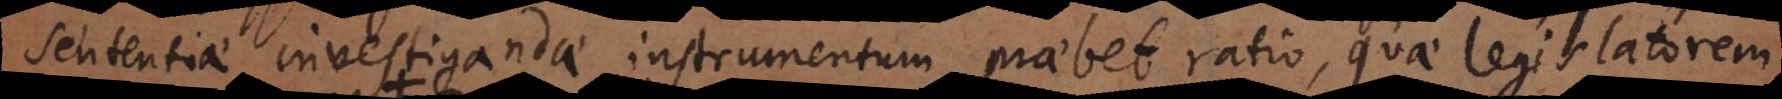
sententiae investigandae instrumentum praebet ratio, quae legislatorem